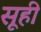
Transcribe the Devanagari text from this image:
सूही